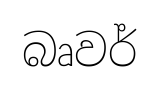
බෘවර්